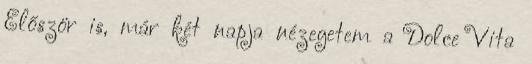
Először is, már két napja nézegetem a Dolce Vita